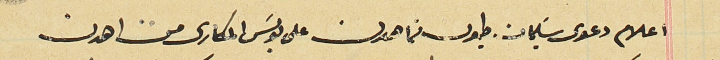
اعلام دعوى سَليمان طيون من اهدن على بولسَ المكارى من اهدن